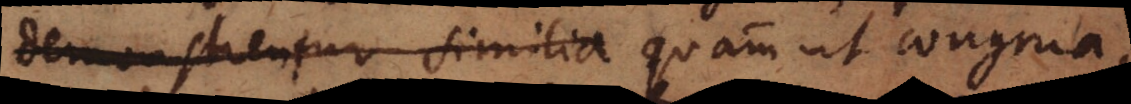
demonstrentur similia quam ut congrua,